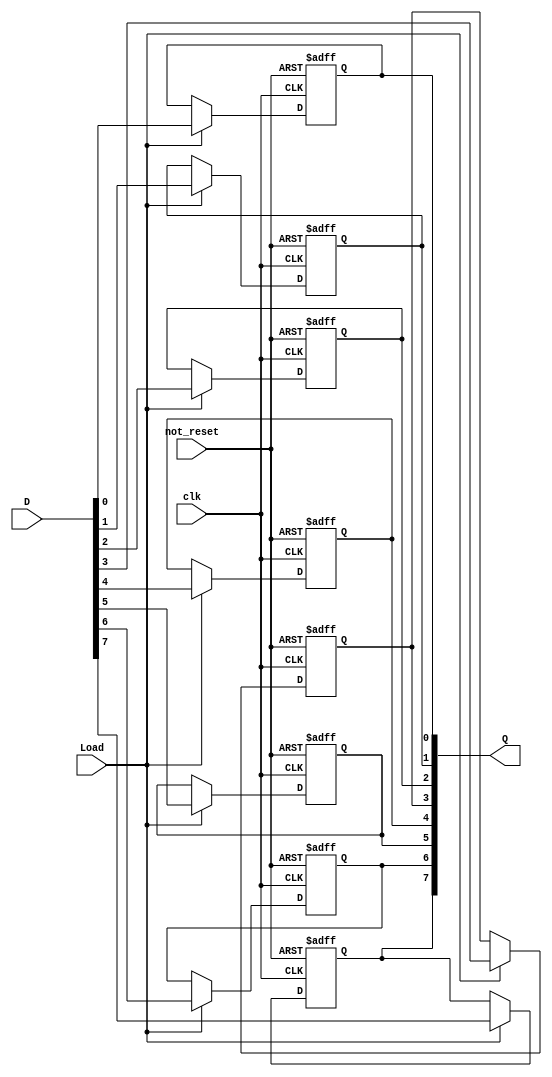
module reg_8bit(
	clk,
	Load,
	not_reset,
	D,
	Q
);


input wire	clk;
input wire	not_reset;
input wire	Load;
input wire	[7:0] D;
output wire	[7:0] Q;

reg	[7:0] Q_ALTERA_SYNTHESIZED;





always@(posedge clk or negedge not_reset)
begin
if (!not_reset)
	begin
	Q_ALTERA_SYNTHESIZED[7] <= 0;
	end
else
if (Load)
	begin
	Q_ALTERA_SYNTHESIZED[7] <= D[7];
	end
end


always@(posedge clk or negedge not_reset)
begin
if (!not_reset)
	begin
	Q_ALTERA_SYNTHESIZED[6] <= 0;
	end
else
if (Load)
	begin
	Q_ALTERA_SYNTHESIZED[6] <= D[6];
	end
end


always@(posedge clk or negedge not_reset)
begin
if (!not_reset)
	begin
	Q_ALTERA_SYNTHESIZED[5] <= 0;
	end
else
if (Load)
	begin
	Q_ALTERA_SYNTHESIZED[5] <= D[5];
	end
end


always@(posedge clk or negedge not_reset)
begin
if (!not_reset)
	begin
	Q_ALTERA_SYNTHESIZED[4] <= 0;
	end
else
if (Load)
	begin
	Q_ALTERA_SYNTHESIZED[4] <= D[4];
	end
end


always@(posedge clk or negedge not_reset)
begin
if (!not_reset)
	begin
	Q_ALTERA_SYNTHESIZED[3] <= 0;
	end
else
if (Load)
	begin
	Q_ALTERA_SYNTHESIZED[3] <= D[3];
	end
end


always@(posedge clk or negedge not_reset)
begin
if (!not_reset)
	begin
	Q_ALTERA_SYNTHESIZED[2] <= 0;
	end
else
if (Load)
	begin
	Q_ALTERA_SYNTHESIZED[2] <= D[2];
	end
end


always@(posedge clk or negedge not_reset)
begin
if (!not_reset)
	begin
	Q_ALTERA_SYNTHESIZED[1] <= 0;
	end
else
if (Load)
	begin
	Q_ALTERA_SYNTHESIZED[1] <= D[1];
	end
end


always@(posedge clk or negedge not_reset)
begin
if (!not_reset)
	begin
	Q_ALTERA_SYNTHESIZED[0] <= 0;
	end
else
if (Load)
	begin
	Q_ALTERA_SYNTHESIZED[0] <= D[0];
	end
end

assign	Q = Q_ALTERA_SYNTHESIZED;

endmodule